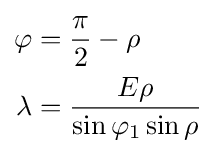
{\begin{aligned}\varphi &={\frac {\pi }{2}}-\rho \\\lambda &={\frac {E\rho }{\sin \varphi _{1}\sin \rho }}\end{aligned}}